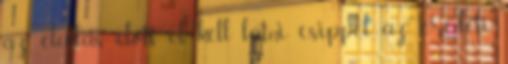
az eladás előtt el kell látni csippel, az eredeti